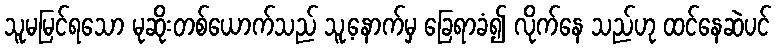
သူမမြင်ရသော မုဆိုးတစ်ယောက်သည် သူ့နောက်မှ ခြေရာခံ၍ လိုက်နေ သည်ဟု ထင်နေဆဲပင်